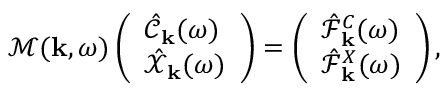
\mathcal { M } ( { \bf k } , \omega ) \left( \begin{array} { l } { \hat { \mathcal { C } } _ { \bf k } ( \omega ) } \\ { \hat { \mathcal { X } } _ { \bf k } ( \omega ) } \end{array} \right) = \left( \begin{array} { l } { \hat { \mathcal { F } } _ { { \bf k } } ^ { C } ( \omega ) } \\ { \hat { \mathcal { F } } _ { { \bf k } } ^ { X } ( \omega ) } \end{array} \right) ,